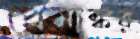
প্রেমাঙ্কর